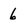
Character: 6